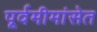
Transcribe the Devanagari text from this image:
पूर्वमीमांसेत